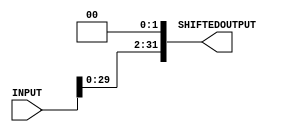
module SHIFTLEFTTWICE #(parameter WIDTHIN =32 , parameter WIDTHOUT = 32)
(INPUT , SHIFTEDOUTPUT);
input [WIDTHIN -1 :0] INPUT ;
output [WIDTHOUT -1 : 0] SHIFTEDOUTPUT ; 
assign SHIFTEDOUTPUT = INPUT << 2 ;
endmodule